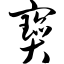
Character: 宝